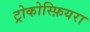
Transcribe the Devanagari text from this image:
ट्रोकोस्फ़ियरा